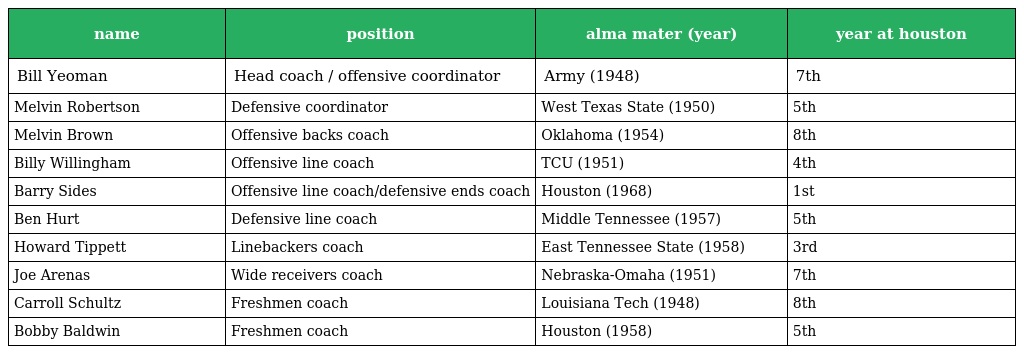
| name | position | alma mater (year) | year at houston |
 | --- | --- | --- | --- |
 | Bill Yeoman | Head coach / offensive coordinator | Army (1948) | 7th |
 | Melvin Robertson | Defensive coordinator | West Texas State (1950) | 5th |
 | Melvin Brown | Offensive backs coach | Oklahoma (1954) | 8th |
 | Billy Willingham | Offensive line coach | TCU (1951) | 4th |
 | Barry Sides | Offensive line coach/defensive ends coach | Houston (1968) | 1st |
 | Ben Hurt | Defensive line coach | Middle Tennessee (1957) | 5th |
 | Howard Tippett | Linebackers coach | East Tennessee State (1958) | 3rd |
 | Joe Arenas | Wide receivers coach | Nebraska-Omaha (1951) | 7th |
 | Carroll Schultz | Freshmen coach | Louisiana Tech (1948) | 8th |
 | Bobby Baldwin | Freshmen coach | Houston (1958) | 5th |